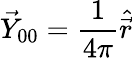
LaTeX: \vec{Y}_{00}=\frac{1}{4\pi}\hat{\vec{r}}